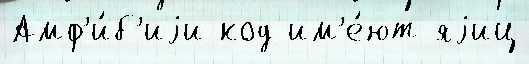
Амф'и́б'иjи код им'е́ют яjиц